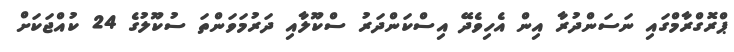
ޕްރޮގްރާމްގައި ނަސަންދުރާ އިން އެހިވެދޭ އިސްކަންދަރު ސްކޫލާއި ދަރުމަވަންތަ ސުކޫލުގެ 24 ކުއްޖަކަށް